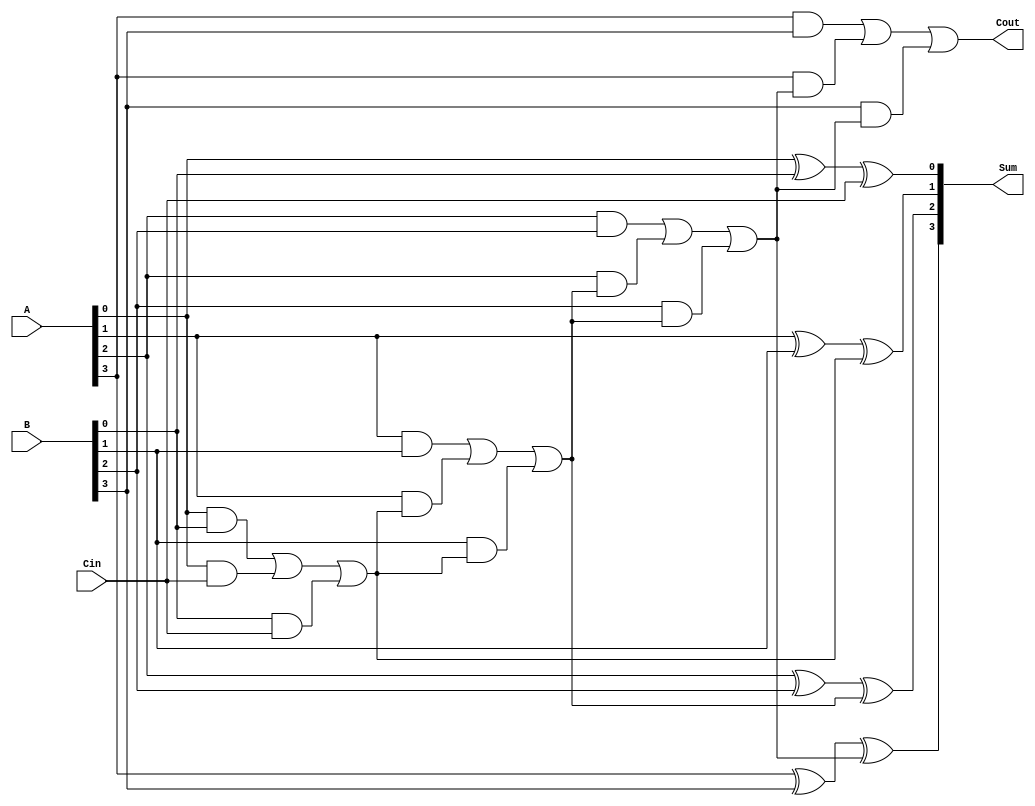
`timescale 1ns / 1ps
//////////////////////////////////////////////////////////////////////////////////
// Company: 
// Engineer: 
// 
// Design Name: 
// Module Name: FourBFA
// Project Name: 
// Target Devices: 
// Tool Versions: 
// Description: 
// 
// Dependencies: 
// 
// Revision:
// Revision 0.01 - File Created
// Additional Comments:
// 
//////////////////////////////////////////////////////////////////////////////////


module FA4(
    A,
    B,
    Sum,
    Cin,
    Cout
    );
    
    //Define input and outputs
    input [3:0]A;
    input [3:0]B;
    input Cin;
    output [3:0] Sum;
    wire [2:0] Carry;
    output Cout;
    
    //Define module behaviour
    assign Sum[0] = A[0]^B[0]^Cin;
    assign Carry[0] = A[0]&B[0] | A[0]&Cin | B[0]&Cin;
    assign Sum[1] = A[1]^B[1]^Carry[0];
    assign Carry[1] = A[1]&B[1] | A[1]&Carry[0] | B[1]&Carry[0];
    assign Sum[2] = A[2]^B[2]^Carry[1];
    assign Carry[2] = A[2]&B[2] | A[2]&Carry[1] | B[2]&Carry[1];
    assign Sum[3] = A[3]^B[3]^Carry[2];
    assign Cout = A[3]&B[3] | A[3]&Carry[2] | B[3]&Carry[2];
    
endmodule